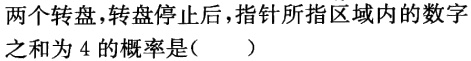
两个转盘，转盘停止后，指针所指区域内的数字之和为 4 的概率是（  ）